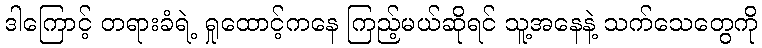
ဒါကြောင့် တရားခံရဲ့ ရှုထောင့်ကနေ ကြည့်မယ်ဆိုရင် သူ့အနေနဲ့ သက်သေတွေကို